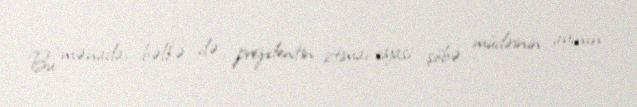
Bu mənada, bəlkə də prezidentin ictimai-siyasi şöbə müdirinin ayının